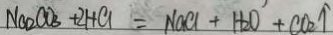
N a _ { 2 } C O _ { 3 } + 2 H C l = N a C l + H _ { 2 } O + C O _ { 2 } \uparrow